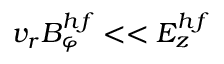
v _ { r } B _ { \varphi } ^ { h f } < < E _ { z } ^ { h f }